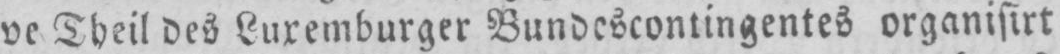
ve Theil des Luxemburger Bundescontingentes organisirt